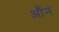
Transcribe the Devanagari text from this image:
औंन